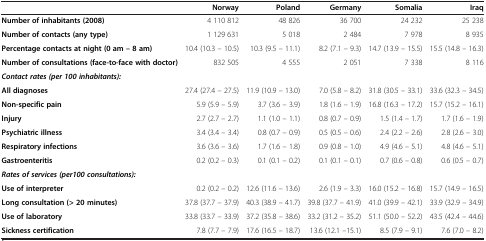
<table><thead><tr><td><b> </b></td><td><b>Norway</b></td><td><b>Poland</b></td><td><b>Germany</b></td><td><b>Somalia</b></td><td><b>Iraq</b></td></tr></thead><tbody><tr><td><b>Number of inhabitants (2008)</b></td><td>4 110 812</td><td>48 826</td><td>36 700</td><td>24 232</td><td>25 238</td></tr><tr><td><b>Number of contacts (any type)</b></td><td>1 129 631</td><td>5 018</td><td>2 484</td><td>7 978</td><td>8 935</td></tr><tr><td><b>Percentage contacts at night (0 am – 8 am)</b></td><td>10.4 (10.3 – 10.5)</td><td>10.3 (9.5 – 11.1)</td><td>8.2 (7.1 – 9.3)</td><td>14.7 (13.9 – 15.5)</td><td>15.5 (14.8 – 16.3)</td></tr><tr><td><b>Number of consultations (face-to-face with doctor)</b></td><td>832 505</td><td>4 555</td><td>2 051</td><td>7 338</td><td>8 116</td></tr><tr><td><b><i>Contact rates (per 100 inhabitants):</i></b></td><td> </td><td> </td><td> </td><td> </td><td> </td></tr><tr><td><b>All diagnoses</b></td><td>27.4 (27.4 – 27.5)</td><td>11.9 (10.9 – 13.0)</td><td>7.0 (5.8 – 8.2)</td><td>31.8 (30.5 – 33.1)</td><td>33.6 (32.3 – 34.5)</td></tr><tr><td><b>Non-specific pain</b></td><td>5.9 (5.9 – 5.9)</td><td>3.7 (3.6 – 3.9)</td><td>1.8 (1.6 – 1.9)</td><td>16.8 (16.3 – 17.2)</td><td>15.7 (15.2 – 16.1)</td></tr><tr><td><b>Injury</b></td><td>2.7 (2.7 – 2.7)</td><td>1.1 (1.0 – 1.1)</td><td>0.8 (0.7 – 0.9)</td><td>1.5 (1.4 – 1.7)</td><td>1.7 (1.6 – 1.9)</td></tr><tr><td><b>Psychiatric illness</b></td><td>3.4 (3.4 – 3.4)</td><td>0.8 (0.7 – 0.9)</td><td>0.5 (0.5 – 0.6)</td><td>2.4 (2.2 – 2.6)</td><td>2.8 (2.6 – 3.0)</td></tr><tr><td><b>Respiratory infections</b></td><td>3.6 (3.6 – 3.6)</td><td>1.7 (1.6 – 1.8)</td><td>0.9 (0.8 – 1.0)</td><td>4.9 (4.6 – 5.1)</td><td>4.8 (4.6 – 5.1)</td></tr><tr><td><b>Gastroenteritis</b></td><td>0.2 (0.2 – 0.3)</td><td>0.1 (0.1 – 0.2)</td><td>0.1 (0.1 – 0.1)</td><td>0.7 (0.6 – 0.8)</td><td>0.6 (0.5 – 0.7)</td></tr><tr><td><b><i>Rates of services (per100 consultations):</i></b></td><td> </td><td> </td><td> </td><td> </td><td> </td></tr><tr><td><b>Use of interpreter</b></td><td>0.2 (0.2 – 0.2)</td><td>12.6 (11.6 – 13.6)</td><td>2.6 (1.9 – 3.3)</td><td>16.0 (15.2 – 16.8)</td><td>15.7 (14.9 – 16.5)</td></tr><tr><td><b>Long consultation (&gt; 20 minutes)</b></td><td>37.8 (37.7 – 37.9)</td><td>40.3 (38.9 – 41.7)</td><td>39.8 (37.7 – 41.9)</td><td>41.0 (39.9 – 42.1)</td><td>33.9 (32.9 – 34.9)</td></tr><tr><td><b>Use of laboratory</b></td><td>33.8 (33.7 – 33.9)</td><td>37.2 (35.8 – 38.6)</td><td>33.2 (31.2 – 35.2)</td><td>51.1 (50.0 – 52.2)</td><td>43.5 (42.4 – 44.6)</td></tr><tr><td><b>Sickness certification</b></td><td>7.8 (7.7 – 7.9)</td><td>17.6 (16.5 – 18.7)</td><td>13.6 (12.1 –15.1)</td><td>8.5 (7.9 – 9.1)</td><td>7.6 (7.0 – 8.2)</td></tr></tbody></table>